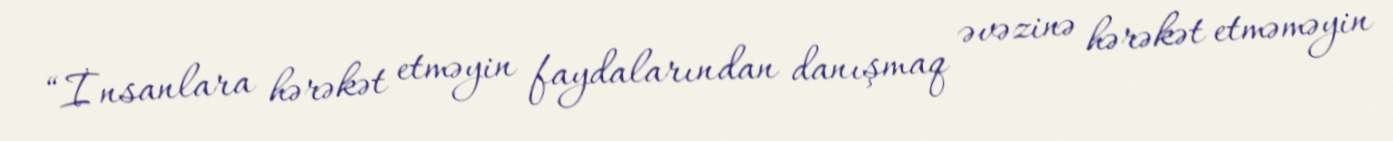
“İnsanlara hərəkət etməyin faydalarından danışmaq əvəzinə hərəkət etməməyin